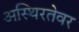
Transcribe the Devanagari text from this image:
अस्थिरतेवर